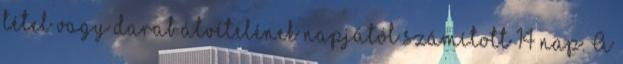
tétel vagy darab átvételének napjától számított 14 nap. A